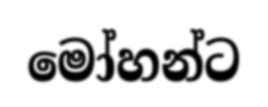
මෝහන්ට